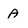
Character: A